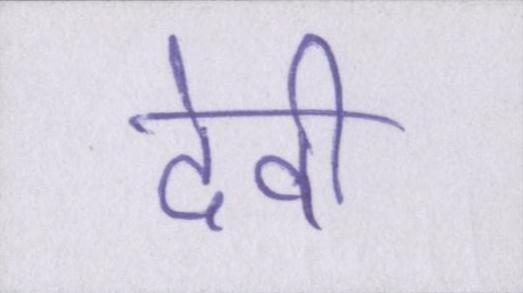
देवी